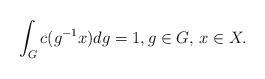
LaTeX: \begin{align*}\int_Gc(g^{-1}x)dg=1, g\in G,\, x\in X. \end{align*}